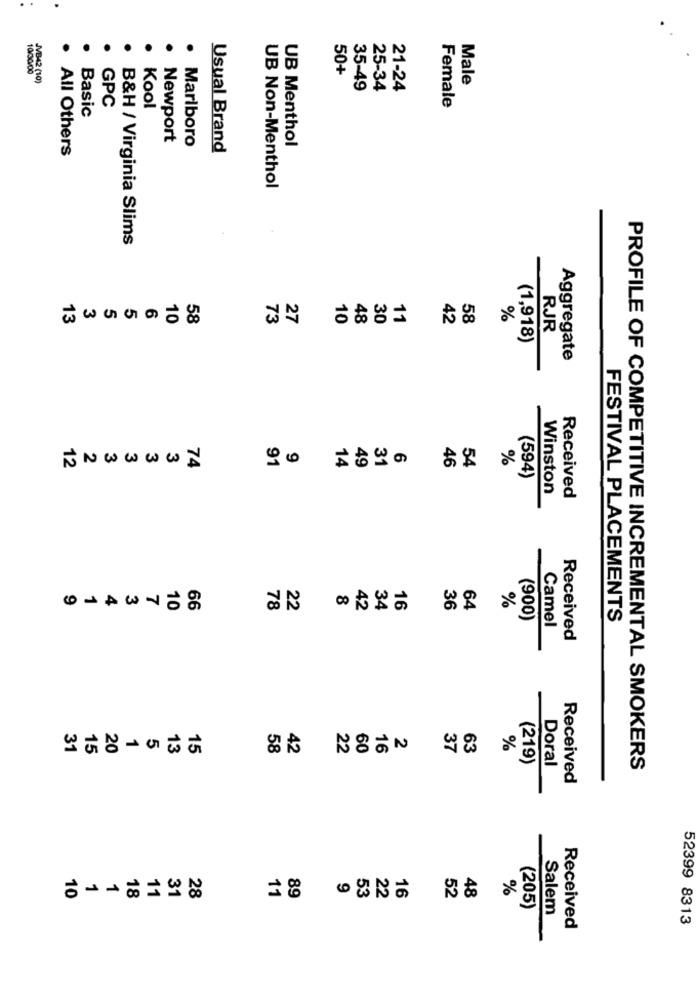
10/00/00
50+
842 (10)
Male
35-49
25-34
21-24
GPC
Female
Basic
Kool
Newport
Marlboro
UB Menthol
All Others
Usual Brand
UB Non-Menthol
B&H / Virginia Slims
30
13
10
58
73
27
10
48
11
42
58
%
RJR
(1,918)
Aggregate
91
14
3'
46
54
%
ENWWWWN
(594)
Winston
Received
66
22
34
16
%
10
78
$2
36
64
(900)
Camel
FESTIVAL PLACEMENTS
Received
20
58
37
63
%
(219)
Doral
PROFILE OF COMPETITIVE INCREMENTAL SMOKERS
Received
10
18
11
31
28
11
89
53
22
16
52
48
(205)
Salem
52399 8313
Received